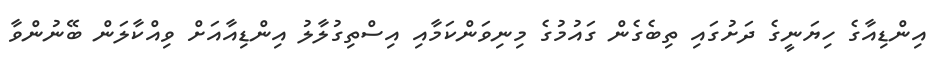
އިންޑިއާގެ ހިޔަނީގެ ދަށުގައި ތިބެގެން ގައުމުގެ މިނިވަންކަމާއި އިސްތިގުލާލު އިންޑިއާއަށް ވިއްކާލަން ބޭނުންވާ